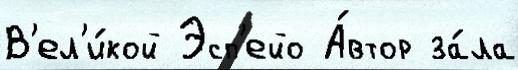
В'ел'и́кой Эсп'ейо А́втор за́ла